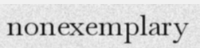
nonexemplary